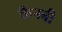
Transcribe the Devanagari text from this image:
कैनबी